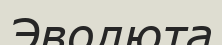
Эволюта